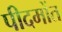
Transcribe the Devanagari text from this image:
पीदमोंत